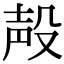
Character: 殸